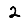
Digit: 2